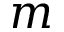
m